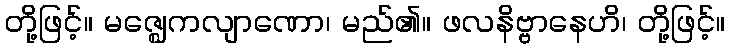
တို့ဖြင့်။ မဇ္ဈေကလျာဏော၊ မည်၏။ ဖလနိဗ္ဗာနေဟိ၊ တို့ဖြင့်။